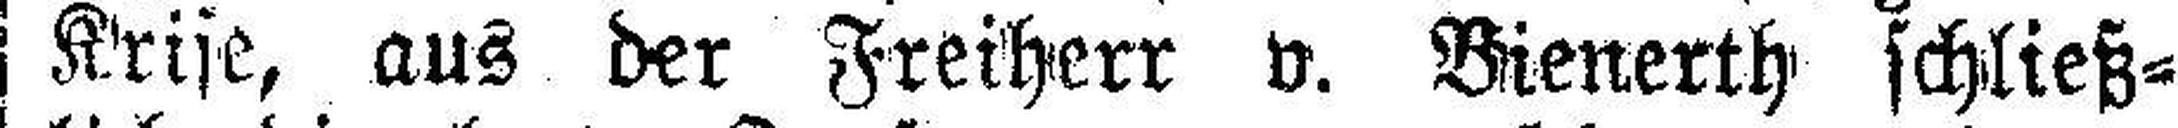
Krise, aus der Freiherr v. Bienerth schließ¬